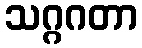
သဂ္ဂဂတာ